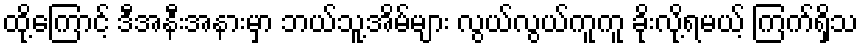
ထို့ကြောင့် ဒီအနီးအနားမှာ ဘယ်သူ့အိမ်များ လွယ်လွယ်ကူကူ ခိုးလို့ရမယ့် ကြက်ရှိသ